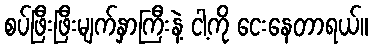
စပ်ဖြီးဖြီးမျက်နှာကြီးနဲ့ ငါ့ကို ငေးနေတာရယ်။